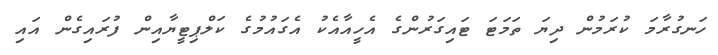
ހަނގުރާމަ ކުރަމުން ދިޔަ ތަމަޓަ ޓައިގަރުންގެ އެހީއާއެކު އެގައުމުގެ ކަލްޕިޓީޔާއިން ފުރައިގެން އައި